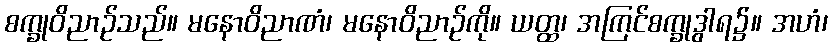
စက္ခုဝိညာဉ်သည်။ မနောဝိညာဏံ၊ မနောဝိညာဉ်ကို။ ယတ္ထ၊ အကြင်စက္ခုဒွါရ၌။ အဟံ၊